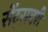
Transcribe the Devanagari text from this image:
सेंट्सबरी